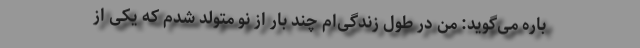
باره می‌گوید: من در طول زندگی‌ام چند بار از نو متولد شدم که یکی از